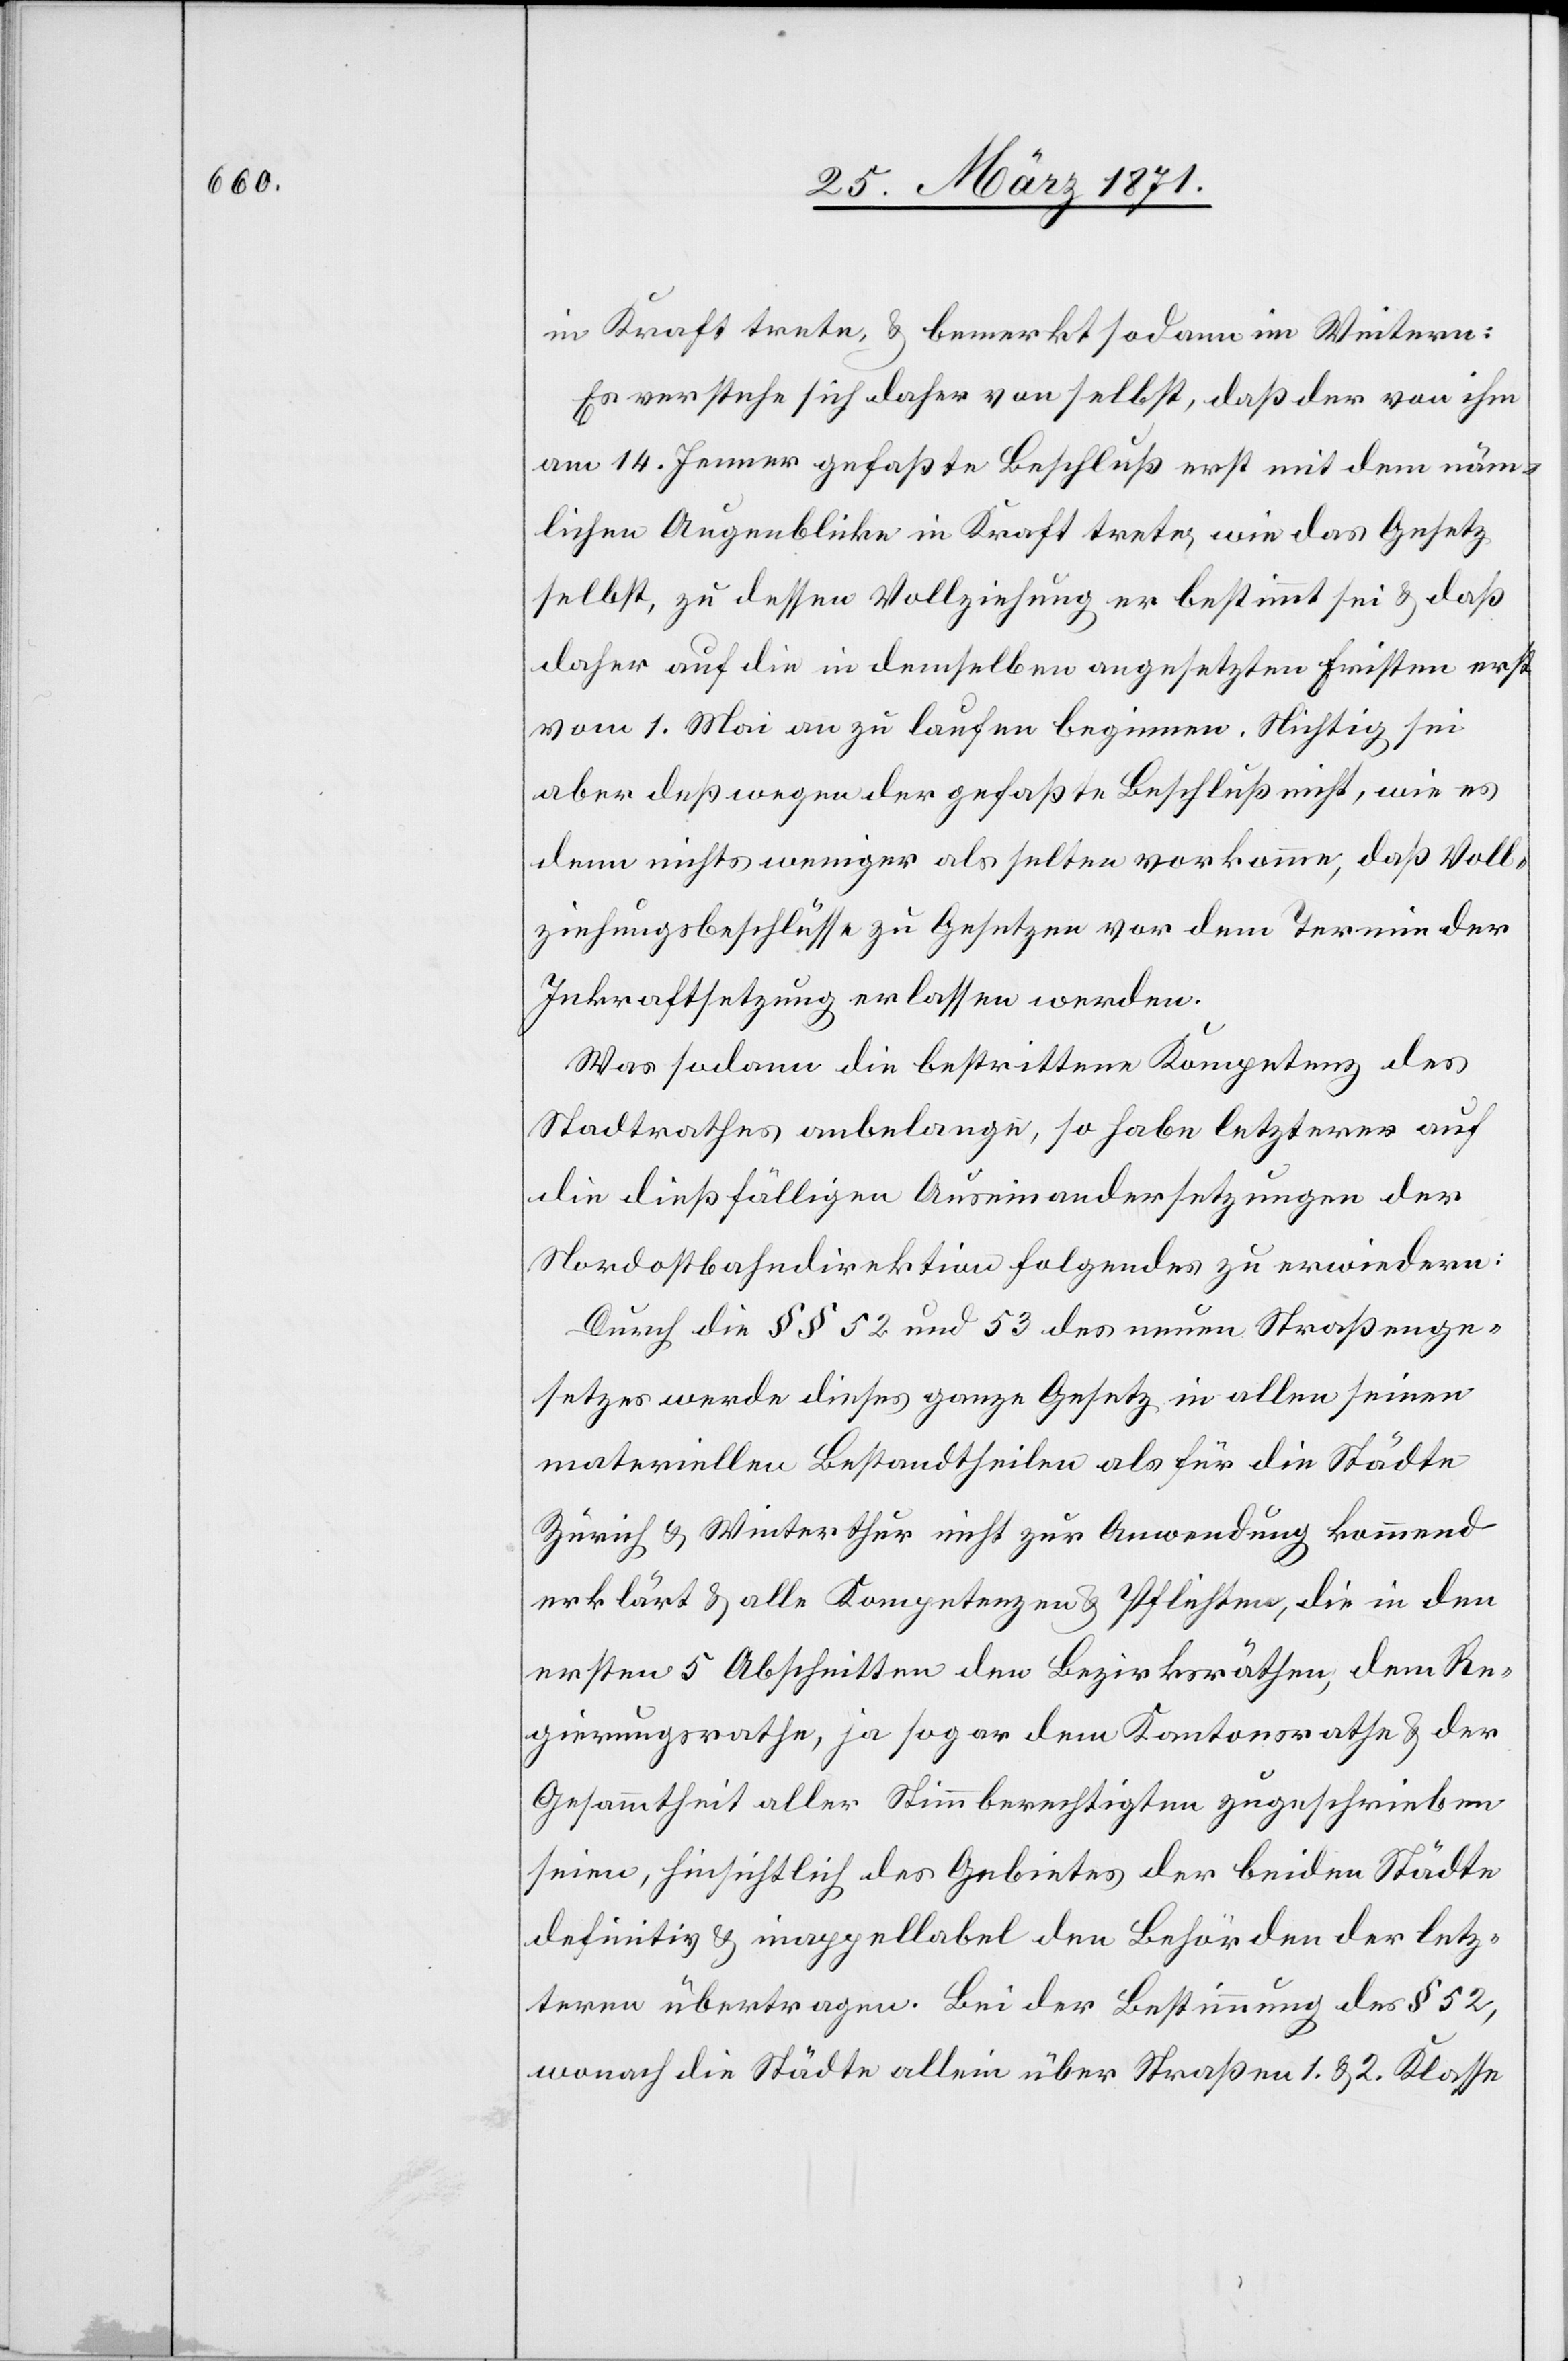
in Kraft trete, u. bemerkt sodann im Weitern:
Es verstehe sich daher von selbst, daß der von ihm
am 14. Jenner gefaßte Beschluß erst mit dem näm¬
lichen Augenblicke in Kraft trete, wie das Gesetz
selbst, zu dessen Vollziehung er bestimmt sei u. daß
daher auf die in demselben angesetzten Fristen erst
vom 1. Mai an zu laufen beginnen. Nichtig sei
aber deßwegen der gefaßte Beschluß nicht, wie es
denn nichts weniger als selten vorkäme, daß Voll¬
ziehungsbeschlüsse zu Gesetzen vor dem Termin der
Inkraftsetzung erlassen werden.
Was sodann die bestrittene Kompetenz des
Stadtrathes anbelange, so habe letzterer auf
die dießfälligen Auseinandersetzungen der
Nordostbahndirektion Folgendes zu erwiedern:
Durch die §§ 52 und 53 des neuen Straßenge¬
setzes werde dieses ganze Gesetz in allen seinen
materiellen Bestandtheilen als für die Städte
Zürich u. Winterthur nicht zur Anwendung kommend
erklärt u. alle Kompetenzen u. Pflichten, die in den
ersten 5 Abschnitten den Bezirksräthen, dem Re¬
gierungsrathe, ja sogar dem Kantonsrathe u. der
Gesammtheit aller Stimmberechtigten zugeschrieben
seien, hinsichtlich des Gebietes der beiden Städte
definitiv u. inappellabel den Behörden der letz¬
teren übertragen. Bei der Bestimmung des § 52,
wonach die Städte allein über Straßen 1. u. 2. Klasse